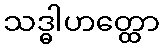
သဒ္ဓါဟတ္ထော